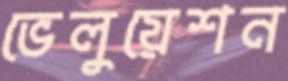
ভেলুয়েশন